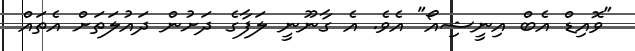
"ވޮއިޑް އެބް އިނީޝިއޯ" އެވެ. އެ ގާނޫނީ ލަފާގެ ދަށުން ދައުލަތަށް އެތައް